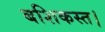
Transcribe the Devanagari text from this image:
बशिकस्त।